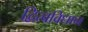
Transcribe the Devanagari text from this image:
द्वित्वविधान